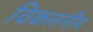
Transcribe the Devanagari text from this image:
विकलनीय